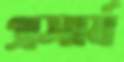
প্রসার্য